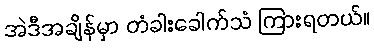
အဲဒီအချိန်မှာ တံခါးခေါက်သံ ကြားရတယ်။